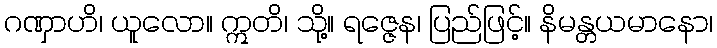
ဂဏှာဟိ၊ ယူလော။ ဣတိ၊ သို့။ ရဇ္ဇေန၊ ပြည်ဖြင့်။ နိမန္တယမာနော၊